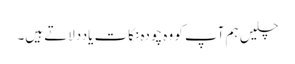
چلیں ہم آپ کو وہ چودہ نکات یاددلاتے ہیں۔